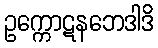
ဥက္ကောဋနဘေဒါဒိ